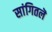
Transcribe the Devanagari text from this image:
सांगितलॆ